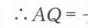
\(\therefore AQ = -\)